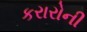
કરારોની